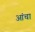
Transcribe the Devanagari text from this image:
आंचा